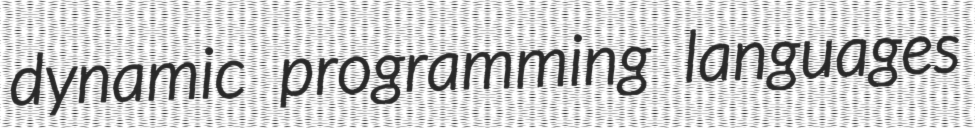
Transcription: dynamic programming languages